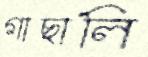
গাছালি